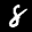
Label: 8